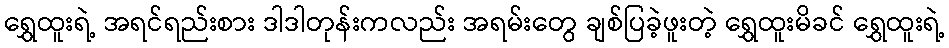
ရွှေထူးရဲ့ အရင်ရည်းစား ဒါဒါတုန်းကလည်း အရမ်းတွေ ချစ်ပြခဲ့ဖူးတဲ့ ရွှေထူးမိခင် ရွှေထူးရဲ့